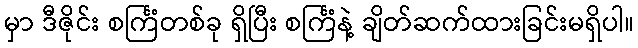
မှာ ဒီဇိုင်း စင်္ကြံတစ်ခု ရှိပြီး စင်္ကြံနဲ့ ချိတ်ဆက်ထားခြင်းမရှိပါ။